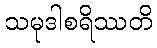
သမုဒါစရိဿတိ